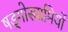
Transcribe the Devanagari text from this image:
षड्गोस्वामियों